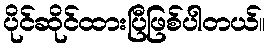
ပိုင်ဆိုင်ထားပြီဖြစ်ပါတယ်။